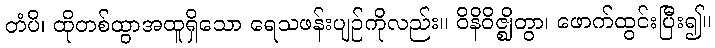
တံပိ၊ ထိုတစ်ထွာအထူရှိသော ရေသဖန်းပျဉ်ကိုလည်း။ ဝိနိဝိဇ္ဈိတွာ၊ ဖောက်ထွင်းပြီး၍။